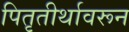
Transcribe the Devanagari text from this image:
पितृतीर्थावरून